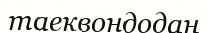
таеквондодан